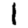
Digit: 1